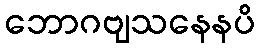
ဘောဂဗျသနေနပိ